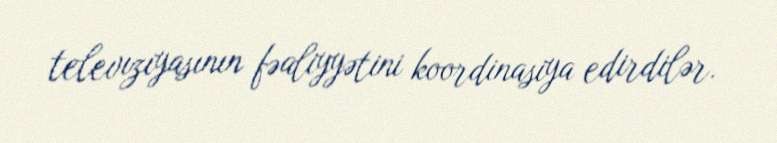
televızıyasının fəaliyyətini koordinasiya edirdilər.